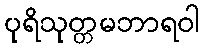
ပုရိသုတ္တမဘာရဝါ